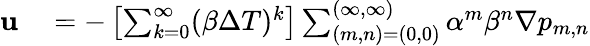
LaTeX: \begin{array}{rl}{\mathbf{u}}&{{}=-\left[\sum_{k=0}^{\infty}(\beta\Delta T)^{k}\right]\sum_{(m,n)=(0,0)}^{(\infty,\infty)}\alpha^{m}\beta^{n}\nabla p_{m,n}}\end{array}